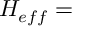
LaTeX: { \cal H } _ { e f f } =